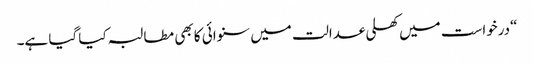
“درخواست میں کھلی عدالت میں سنوائی کا بھی مطالبہ کیا گیا ہے۔